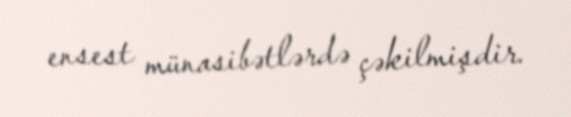
ensest münasibətlərdə çəkilmişdir.